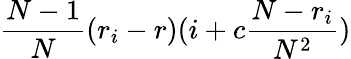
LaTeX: \frac{N-1}{N}(r_{i}-r)(i+c\frac{N-r_{i}}{N^{2}})